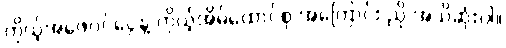
ကိုယ့်အဖေဝင်ငွေနဲ့ ကိုယ့်အိမ်ထောင်စု အကြောင်း ညို အသိဆုံးပါ။